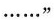
……